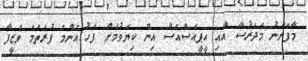
މާފަންނު މަދަރުސާ އާއި އީޕީއެސްއެސް އިން ކިޔެވުމަށް ފަހު އެންމެ ފުރަތަމަ ވަޒީފާ